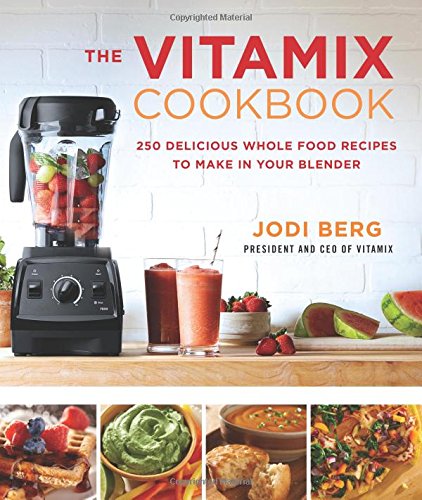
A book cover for The Vitamix Cookbook: 250 Delicious Whole Food Recipes to Make in Your Blender; Jodi Berg; Cookbooks, Food & Wine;